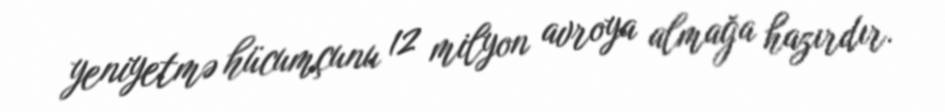
yeniyetmə hücumçunu 12 milyon avroya almağa hazırdır.